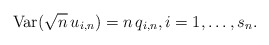
\begin{align*}\mbox{Var}(\sqrt{n}\,u_{i,n})=n\,q_{i,n},i=1,\ldots ,s_{n}.\end{align*}